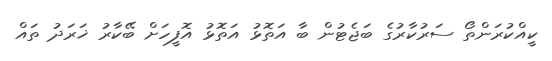
ކީއްކުރަންތޯ ސަރުކާރުގެ ބަޖެޓުން ބާ އަތޮޅު އަތޮޅު އޮފީހަށް ބޭކާރު ޚަރަދު ތައް